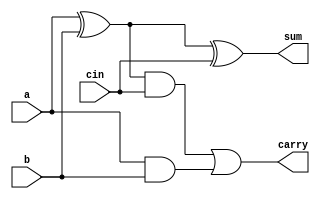
`timescale 1ns/10ps
module fa(a, b, cin, sum, carry);
input a, b, cin;
output sum, carry;
wire w1, w2, w3;

xor xor1(w1, a, b);
xor xor2(sum, w1, cin);
and and1(w2, w1, cin);
and and2(w3, a, b);
or or1(carry, w2, w3);
endmodule

module sub(a, b, out, cout);
input signed [63:0] a, b;
output signed [63:0] out;
output signed cout;
wire signed [63:0]carry, temp;
wire signed xx;

assign xx = 1;

genvar p;
generate 
    for(p=0;p<=63;p=p+1)
    begin 
        not n1(temp[p],b[p]);   //temp = bitreveresed b
    end
endgenerate

genvar i;
generate 
for (i = 0; i < 64; i = i + 1)
begin
    if (i == 0)
        fa fa1(a[0], temp[0], xx, out[0], carry[0]);
    else
        fa fa1(a[i], temp[i], carry[i - 1], out[i], carry[i]);
    end
    assign cout = carry[63];
endgenerate
endmodule